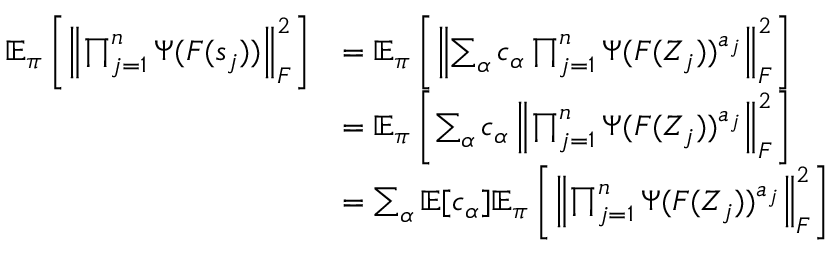
\begin{array} { r l } { \mathbb { E } _ { \boldsymbol \pi } \left[ \left\lVert \prod _ { j = 1 } ^ { n } \Psi ( F ( s _ { j } ) ) \right\rVert _ { F } ^ { 2 } \right] } & { = \mathbb { E } _ { \boldsymbol \pi } \left[ \left\lVert \sum _ { \alpha } c _ { \alpha } \prod _ { j = 1 } ^ { n } \Psi ( F ( Z _ { j } ) ) ^ { a _ { j } } \right\rVert _ { F } ^ { 2 } \right] } \\ & { = \mathbb { E } _ { \boldsymbol \pi } \left[ \sum _ { \alpha } c _ { \alpha } \left\lVert \prod _ { j = 1 } ^ { n } \Psi ( F ( Z _ { j } ) ) ^ { a _ { j } } \right\rVert _ { F } ^ { 2 } \right] } \\ & { = \sum _ { \alpha } \mathbb { E } [ c _ { \alpha } ] \mathbb { E } _ { \boldsymbol \pi } \left[ \left\lVert \prod _ { j = 1 } ^ { n } \Psi ( F ( Z _ { j } ) ) ^ { a _ { j } } \right\rVert _ { F } ^ { 2 } \right] } \end{array}